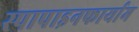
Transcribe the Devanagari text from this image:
स्पापाइनफार्याम